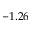
- 1 . 2 6